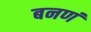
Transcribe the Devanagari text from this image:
बनणं